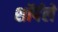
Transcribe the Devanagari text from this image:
शॉर्पले